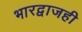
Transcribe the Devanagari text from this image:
भारद्वाजही